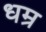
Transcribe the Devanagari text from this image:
धम्र